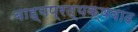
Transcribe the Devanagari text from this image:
बाह्यप्रत्यक्षवाद